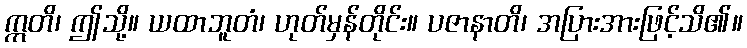
ဣတိ၊ ဤသို့။ ယထာဘူတံ၊ ဟုတ်မှန်တိုင်း။ ပဇာနာတိ၊ အပြားအားဖြင့်သိ၏။